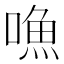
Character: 𠽐